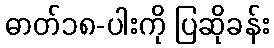
ဓာတ်၁၈-ပါးကို ပြဆိုခန်း